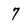
Character: 7